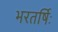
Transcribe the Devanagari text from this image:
भरतर्षिः